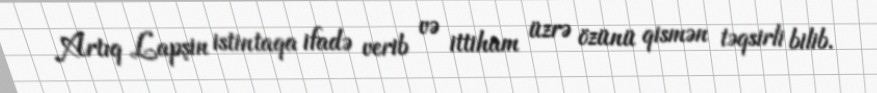
Artıq Lapşin istintaqa ifadə verib və ittiham üzrə özünü qismən təqsirli bilib.